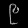
Digit: ၉